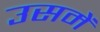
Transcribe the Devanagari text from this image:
उसमेें